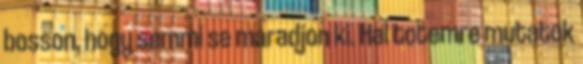
bosson, hogy semmi se maradjon ki. Hal totemre mutatok